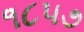
૧૮૫૭